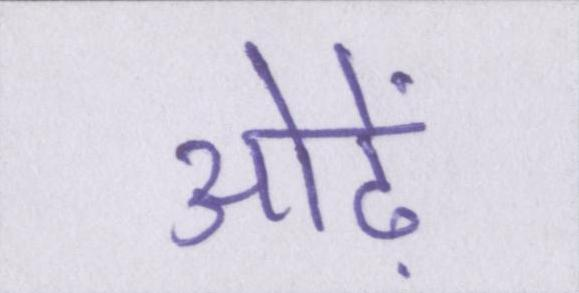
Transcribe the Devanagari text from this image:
ओढ़ें